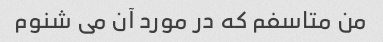
من متاسفم که در مورد آن می شنوم